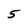
Character: 5